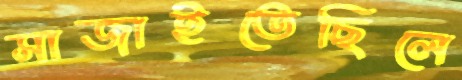
সাজাইতেছিলে